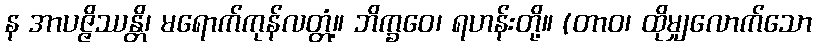
န အာပဇ္ဇိဿန္တိ၊ မရောက်ကုန်လတ္တံ့။ ဘိက္ခဝေ၊ ရဟန်းတို့။ (တာဝ၊ ထိုမျှလောက်သော